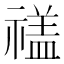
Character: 𮂕